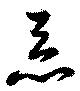
惡